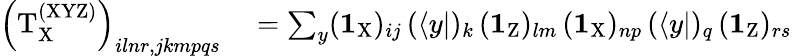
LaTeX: \begin{array}{rl}{\left(\mathrm{T}_{\mathrm{X}}^{\mathrm{(XYZ)}}\right)_{ilnr,jkmpqs}}&{{}=\sum_{y}(\textbf{1}_{\mathrm{X}})_{ij}\, (\langle y|)_{k}\, (\textbf{1}_{\mathrm{Z}})_{lm}\, (\textbf{1}_{\mathrm{X}})_{np}\, (\langle y|)_{q}\, (\textbf{1}_{\mathrm{Z}})_{rs}}\end{array}